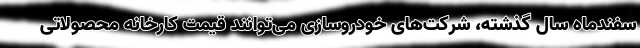
سفندماه سال گذشته، شرکت‌های خودروسازی می‌توانند قیمت کارخانه محصولاتی